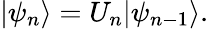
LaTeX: \begin{array}{r}{|\psi_{n}\rangle=U_{n}|\psi_{n-1}\rangle.}\end{array}